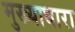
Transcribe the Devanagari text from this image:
मुख्याधारा